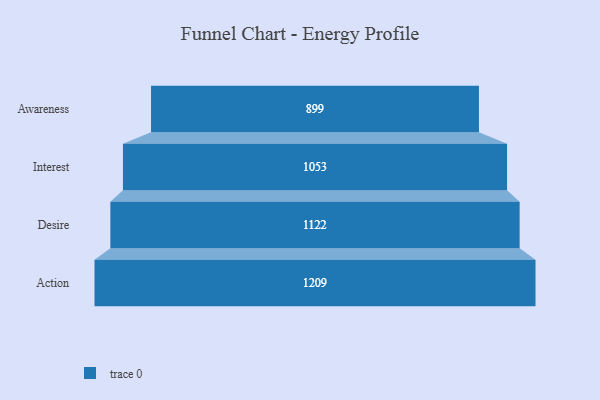
{"axis": {"x": "Stage", "y": "Value"}, "legend": [""], "data": [{"x": "Awareness", "y": 899.0, "type": ""}, {"x": "Interest", "y": 1053.0, "type": ""}, {"x": "Desire", "y": 1122.0, "type": ""}, {"x": "Action", "y": 1209.0, "type": ""}]}